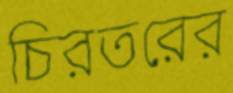
চিরতরের